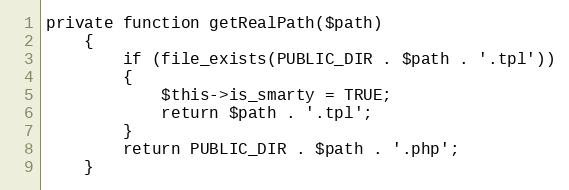
Language: PHP
private function getRealPath($path)
    {
        if (file_exists(PUBLIC_DIR . $path . '.tpl'))
        {
            $this->is_smarty = TRUE;
            return $path . '.tpl';
        }
        return PUBLIC_DIR . $path . '.php';
    }